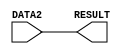
module FORWARD(DATA2, RESULT);
    input [7:0] DATA2;      //data input port
    output [7:0] RESULT;    //data output port

    // reg RESULT;          //Store the result in register
    // always @(DATA2) begin
    //     #1 RESULT=DATA2;
    // end

    assign #1 RESULT = DATA2; 

endmodule